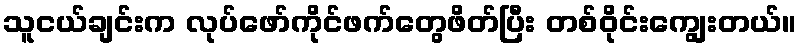
သူငယ်ချင်းက လုပ်ဖော်ကိုင်ဖက်တွေဖိတ်ပြီး တစ်ဝိုင်းကျွေးတယ်။